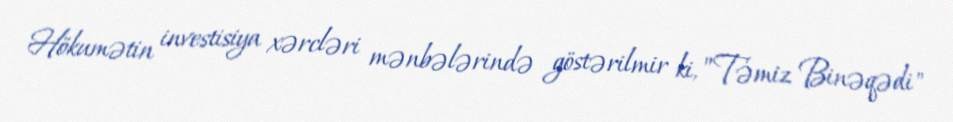
Hökumətin investisiya xərcləri mənbələrində göstərilmir ki, ”Təmiz Binəqədi"